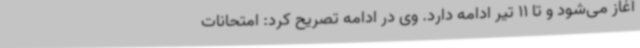
آغاز می‌شود و تا 11 تیر ادامه دارد. وی در ادامه تصریح کرد: امتحانات